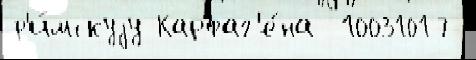
р'и́мскуjу Карфаг'е́на  10031017